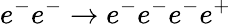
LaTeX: e^{-}e^{-}\to e^{-}e^{-}e^{-}e^{+}